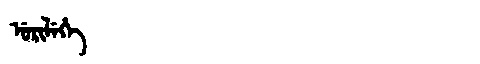
Manchu: ᡠᡵᡳᠯᡝᡥᡝ
Romanization: URILEHE